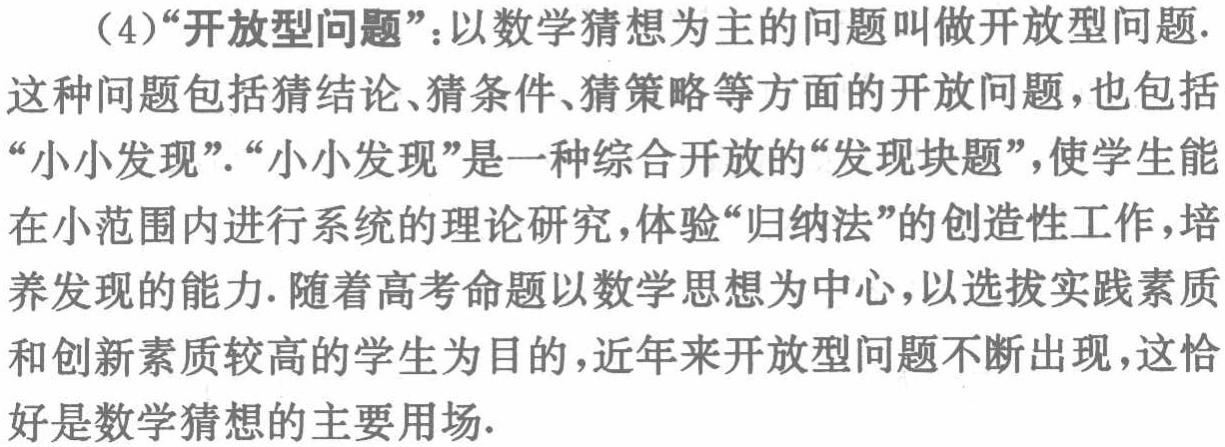
（4）“开放型问题”：以数学猜想为主的问题叫做开放型问题.
这种问题包括猜结论、猜条件、猜策略等方面的开放问题，也包括
“小小发现”. “小小发现”是一种综合开放的“发现块题”，使学生能
在小范围内进行系统的理论研究，体验“归纳法”的创造性工作，培
养发现的能力. 随着高考命题以数学思想为中心，以选拔实践素质
和创新素质较高的学生为目的，近年来开放型问题不断出现，这恰
好是数学猜想的主要用场.